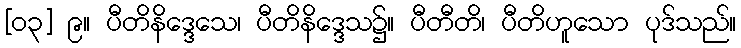
[၀၃] ၉။ ပီတိနိဒ္ဒေသေ၊ ပီတိနိဒ္ဒေသ၌။ ပီတီတိ၊ ပီတိဟူသော ပုဒ်သည်။